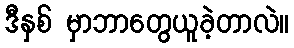
ဒီနှစ် မှာဘာတွေယူခဲ့တာလဲ။